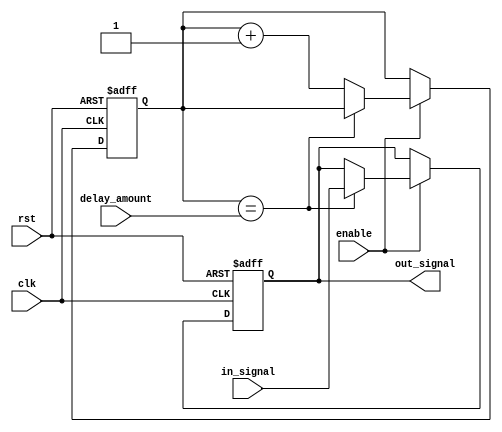
module buffer_delay (
    input wire clk,
    input wire rst,
    input wire enable,
    input wire [7:0] delay_amount,
    input wire in_signal,
    output reg out_signal
);

reg [7:0] counter;

always @(posedge clk or negedge rst) begin
    if (!rst) begin
        counter <= 8'b0;
        out_signal <= 1'b0;
    end else if (enable) begin
        if (counter == delay_amount) begin
            out_signal <= in_signal;
        end else begin
            counter <= counter + 1;
            out_signal <= out_signal;
        end
    end
end

endmodule